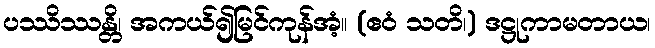
ပဿိဿန္တိ၊ အကယ်၍မြင်ကုန်အံ့။ (ဧဝံ သတိ၊) ဒဋ္ဌုကာမတာယ၊